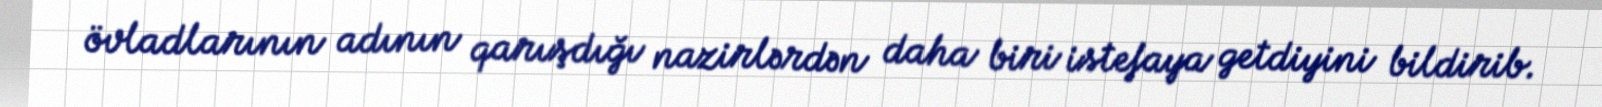
övladlarının adının qarışdığı nazirlərdən daha biri istefaya getdiyini bildirib.